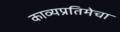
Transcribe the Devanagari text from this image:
काव्यप्रतिमेचा